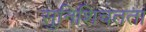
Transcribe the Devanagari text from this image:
सुनिशिचतता